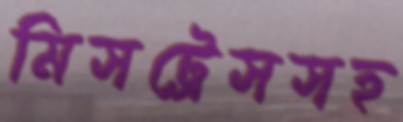
মিসট্রেসসহ